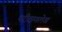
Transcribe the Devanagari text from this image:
परीक्षणलेख